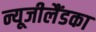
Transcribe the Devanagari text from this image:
न्यूजीलैंडका